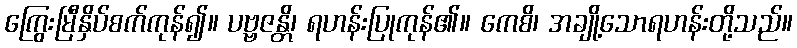
ကြွေးမြီနှိပ်စက်ကုန်၍။ ပဗ္ဗဇန္တိ၊ ရဟန်းပြုကုန်၏။ ကေစိ၊ အချို့သောရဟန်းတို့သည်။